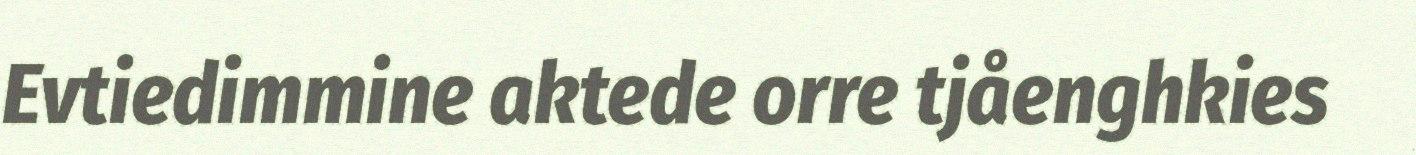
Evtiedimmine aktede orre tjåenghkies